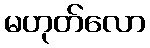
မဟုတ်လော